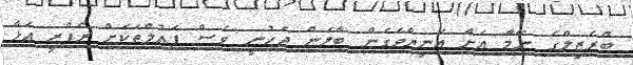
ބްރެޒިލްގެ ނޭމާ އަށް އަނިޔާވެގެން ބާލަން ޖެހުނީ ވެސް ފައުލްތަކަށް ރެފްރީ އަޅާ